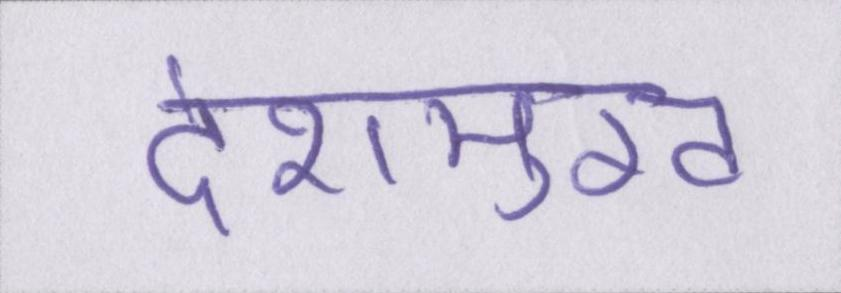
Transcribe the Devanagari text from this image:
देशमुख